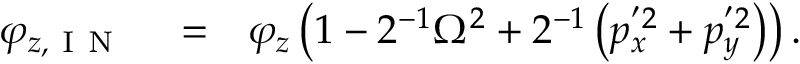
\begin{array} { r l r } { \varphi _ { z , \mathrm { ~ I ~ N ~ } } } & { { } = } & { \varphi _ { z } \left( 1 - 2 ^ { - 1 } \Omega ^ { 2 } + 2 ^ { - 1 } \left( p _ { x } ^ { ' 2 } + p _ { y } ^ { ' 2 } \right) \right) . } \end{array}